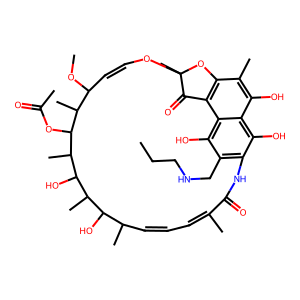
SMILES: CCCNCc1c2c(O)c3c(O)c(C)c4c(c3c1O)C(=O)C(C)(OC=CC(OC)C(C)C(OC(C)=O)C(C)C(O)C(C)C(O)C(C)C=CC=C(C)C(=O)N2)O4
Inhibits HIV replication: No